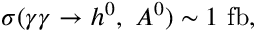
\sigma ( \gamma \gamma \rightarrow h ^ { 0 } , \ A ^ { 0 } ) \sim 1 \ \mathrm { f b } ,